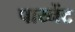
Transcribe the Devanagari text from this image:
पाय्नेंट